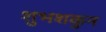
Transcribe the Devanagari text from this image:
शुभशकुन